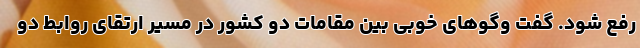
رفع شود. گفت وگوهای خوبی بین مقامات دو کشور در مسیر ارتقای روابط دو